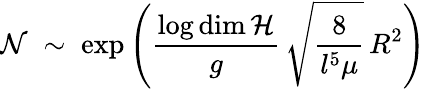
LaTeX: {\cal N}\; \sim\; \exp\left(\frac{\log\dim{\cal H}}{g}\, \sqrt{\frac{8}{l^{5}\mu}}\, R^{2}\right)